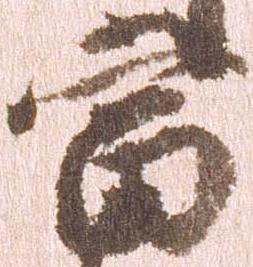
当